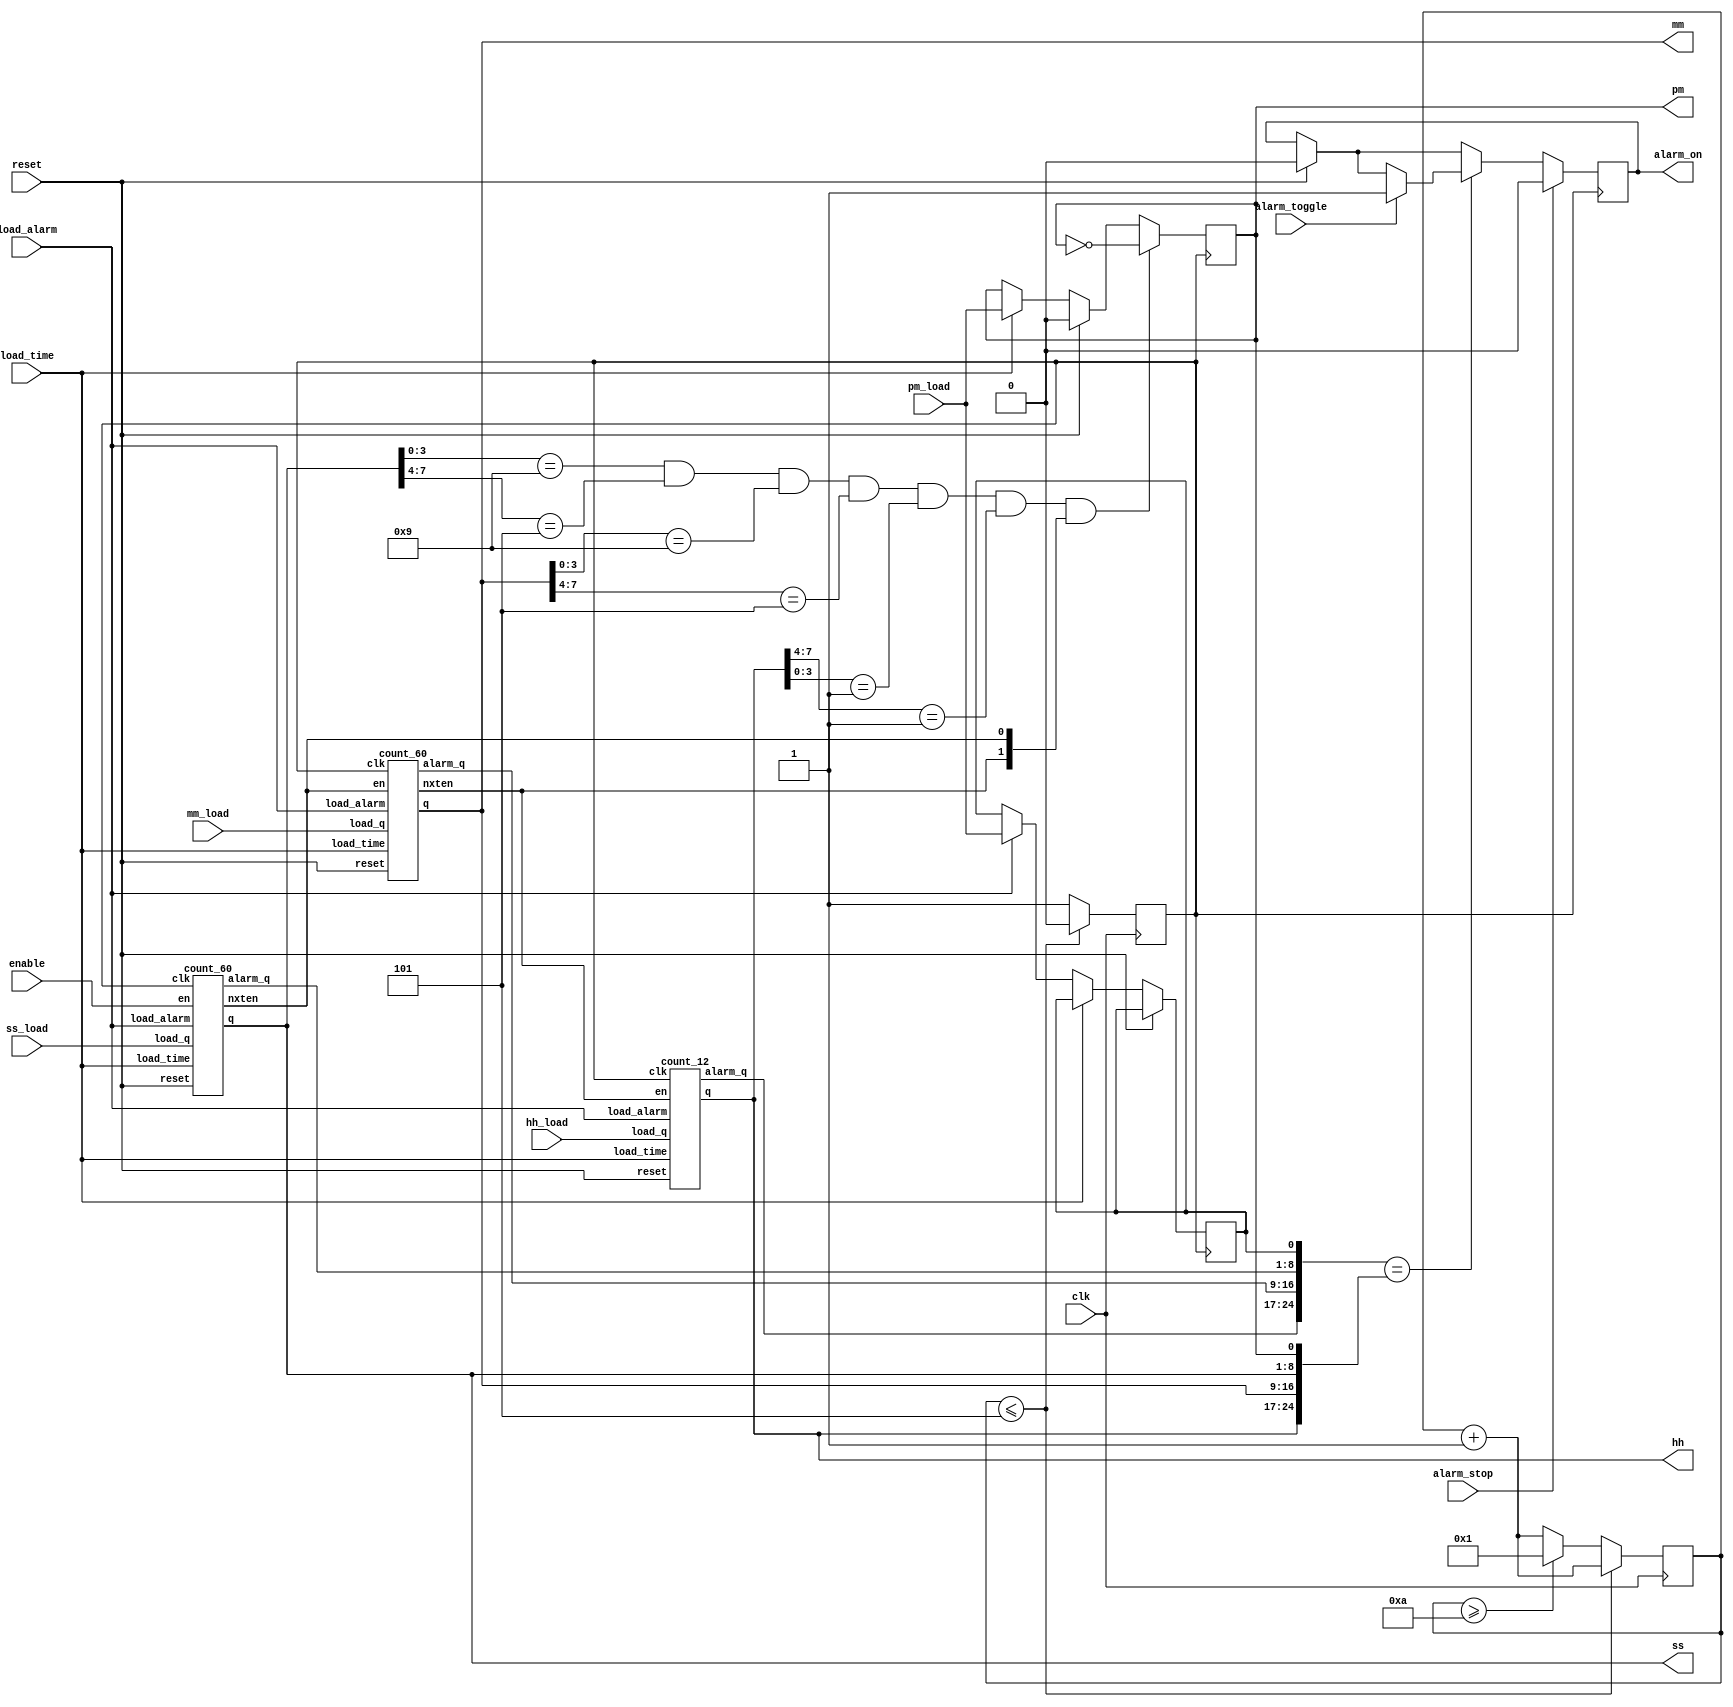
module Alarm_clock(
    input clk,
    input reset,
    input enable,
    input load_time,
    input alarm_toggle,
    input alarm_stop,
    input load_alarm,
    input [7:0] hh_load,
    input [7:0] mm_load,
    input [7:0] ss_load,
    input pm_load,
    output reg alarm_on,
    output reg pm,      // Changed from wire to reg
    output [7:0] hh, // Changed from wire to reg
    output [7:0] mm, // Changed from wire to reg
    output [7:0] ss  // Changed from wire to reg
);
    // Internal wires
    wire [1:0] ena;
    wire [7:0] hh_alarm, mm_alarm, ss_alarm;
    reg pm_alarm;
    reg [4:0] tmp_1s=0;
    reg clk_1s=0;
    // Instantiate count_60, count_60_10, and count_12 modules
    count_60 ssc(enable, clk_1s, reset, ss, ss_load, load_time, load_alarm, ss_alarm, ena[0]);
    count_60 mmc(ena[0], clk_1s, reset, mm, mm_load, load_time, load_alarm, mm_alarm, ena[1]);
    count_12 hhc(ena[1], clk_1s, reset, hh, hh_load, load_time, load_alarm, hh_alarm);
    // Update outputs at every positive edge of clk_1s
    always @(posedge clk_1s) begin
        if (reset) begin
            pm <= 0;
        end
        else if (load_time) begin
            pm <= pm_load;    
        end
        else if (load_alarm) begin
            pm_alarm <= pm_load;
        end
        if ((ss[3:0] == 4'h9) && (ss[7:4] == 4'h5) && (mm[3:0] == 4'h9) &&
            (mm[7:4] == 4'h5) && (hh[3:0] == 4'h1) && (hh[7:4] == 4'h1) && ena) begin
            pm <= ~pm;
        end
    end

    // Clock division logic
    always @(posedge clk) begin
            tmp_1s <= tmp_1s + 1;
            if (tmp_1s <= 5) begin 
                clk_1s <= 0;
            end
            else if (tmp_1s >= 10) begin
                clk_1s <= 1;
                tmp_1s <= 1;
            end
            else begin
                clk_1s <= 1;
            end
    end

    // Alarm control logic
    always @(posedge clk_1s) begin
        if (reset) begin
            alarm_on <= 1'b0;
        end
        if ({hh_alarm, mm_alarm, ss_alarm, pm_alarm} == {hh, mm, ss, pm}) begin
            if (alarm_toggle) begin
                alarm_on <= 1'b1;
            end
        end
        if (alarm_stop) begin
            alarm_on <= 1'b0;
        end
    end
endmodule
module count_60(
    input en,
    input clk,
    input reset,
    output reg [7:0] q,
    input [7:0] load_q,
    input load_time,
    input load_alarm,
    output reg [7:0] alarm_q,
    output nxten
);
    wire ena;
    assign ena = ((q[3:0] == 4'h9) ? 1 : 0) && en;
    assign nxten = ((q[3:0] == 4'h9) ? 1 : 0) && ((q[7:4] == 4'h5) ? 1 : 0) && ena;
    always @(posedge clk) begin
        if (reset) begin
            q[3:0] <= 4'h0;
        end
        else if (en) begin
            if (q[3:0] == 4'h9) begin
                q[3:0] <= 4'h0;
            end
            else begin
                q[3:0] <= q[3:0] + 1'b1;
            end
        end
        if (load_time) begin
            q[3:0] <= load_q[3:0];    
        end
        if (load_alarm) begin
            alarm_q[3:0] <= load_q[3:0];
        end
    end
    always @(posedge clk) begin
        if (reset) begin
            q[7:4] <= 4'h0;
        end
        else if (ena) begin
            if ((q[7:4] == 4'h5) && (q[3:0] == 4'h9)) begin
                q[7:4] <= 4'h0;
            end
            else begin
                q[7:4] <= q[7:4] + 1'b1;
            end
        end
        if (load_time) begin
            q[7:4] <= load_q[7:4];    
        end
        if (load_alarm) begin
            alarm_q[7:4] <= load_q[7:4];
        end
    end
endmodule
module count_12(
    input en,
    input clk,
    input reset,
    output reg [7:0] q,
    input [7:0] load_q,
    input load_time,
    input load_alarm,
    output reg [7:0] alarm_q
);
    wire ena;
    assign ena = ((q[3:0] == 4'h9 || (q[3:0] == 4'h2 && q[7:4] == 4'h1)) ? 1 : 0) && en;
    always @(posedge clk) begin
        if (reset) begin
            q[3:0] <= 4'h2;
        end
        else if (en) begin
            if ((q[3:0] == 4'h2) && (q[7:4] == 4'h1)) begin
                q[3:0] <= 4'h1;
            end
            else if (q[3:0] == 4'h9) begin
                q[3:0] <= 4'h0;
            end
            else begin
                q[3:0] <= q[3:0] + 1'b1;
            end
        end
        if (load_time) begin
            q[3:0] <= load_q[3:0];    
        end
        if (load_alarm) begin
            alarm_q[3:0] <= load_q[3:0];
        end
    end
    always @(posedge clk) begin
        if (reset) begin
            q[7:4] <= 4'h1;
        end
        else if (ena) begin
            if ((q[7:4] == 4'h1) && (q[3:0] == 4'h2)) begin
                q[7:4] <= 4'h0;
            end
            else begin
                q[7:4] <= q[7:4] + 1;
            end
        end
        if (load_time) begin
            q[7:4] <= load_q[7:4];    
        end
        if (load_alarm) begin
            alarm_q[7:4] <= load_q[7:4];
        end
    end
endmodule